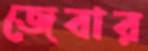
জেবার